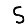
Digit: 5